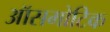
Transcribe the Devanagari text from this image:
ऑसमोटिक